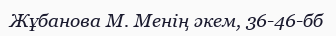
Жұбанова М. Менің әкем, 36-46-бб